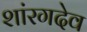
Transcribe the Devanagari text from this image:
शांरगदेव